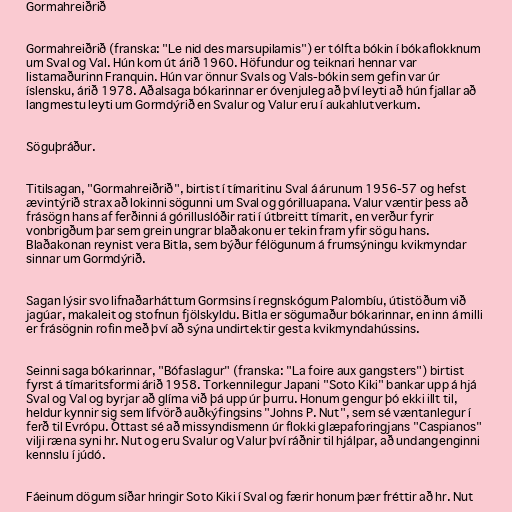
Gormahreiðrið

Gormahreiðrið (franska: "Le nid des marsupilamis") er tólfta bókin í bókaflokknum
um Sval og Val. Hún kom út árið 1960. Höfundur og teiknari hennar var
listamaðurinn Franquin. Hún var önnur Svals og Vals-bókin sem gefin var úr
íslensku, árið 1978. Aðalsaga bókarinnar er óvenjuleg að því leyti að hún fjallar að
langmestu leyti um Gormdýrið en Svalur og Valur eru í aukahlutverkum.

Söguþráður.

Titilsagan, "Gormahreiðrið", birtist í tímaritinu Sval á árunum 1956-57 og hefst
ævintýrið strax að lokinni sögunni um Sval og górilluapana. Valur væntir þess að
frásögn hans af ferðinni á górilluslóðir rati í útbreitt tímarit, en verður fyrir
vonbrigðum þar sem grein ungrar blaðakonu er tekin fram yfir sögu hans.
Blaðakonan reynist vera Bitla, sem býður félögunum á frumsýningu kvikmyndar
sinnar um Gormdýrið.

Sagan lýsir svo lifnaðarháttum Gormsins í regnskógum Palombíu, útistöðum við
jagúar, makaleit og stofnun fjölskyldu. Bitla er sögumaður bókarinnar, en inn á milli
er frásögnin rofin með því að sýna undirtektir gesta kvikmyndahússins.

Seinni saga bókarinnar, "Bófaslagur" (franska: "La foire aux gangsters") birtist
fyrst á tímaritsformi árið 1958. Torkennilegur Japani "Soto Kiki" bankar upp á hjá
Sval og Val og byrjar að glíma við þá upp úr þurru. Honum gengur þó ekki illt til,
heldur kynnir sig sem lífvörð auðkýfingsins "Johns P. Nut", sem sé væntanlegur í
ferð til Evrópu. Óttast sé að missyndismenn úr flokki glæpaforingjans "Caspianos"
vilji ræna syni hr. Nut og eru Svalur og Valur því ráðnir til hjálpar, að undangenginni
kennslu í júdó.

Fáeinum dögum síðar hringir Soto Kiki í Sval og færir honum þær fréttir að hr. Nut